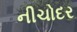
નીચોદર